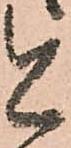
今